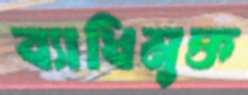
ব্যাধিমুক্ত